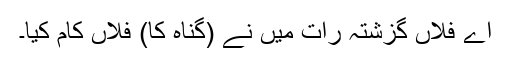
اے فلاں گزشتہ رات میں نے (گناہ کا) فلاں کام کیا۔